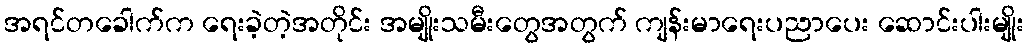
အရင်တခေါက်က ရေးခဲ့တဲ့အတိုင်း အမျိုးသမီးတွေအတွက် ကျန်းမာရေးပညာပေး ဆောင်းပါးမျိုး